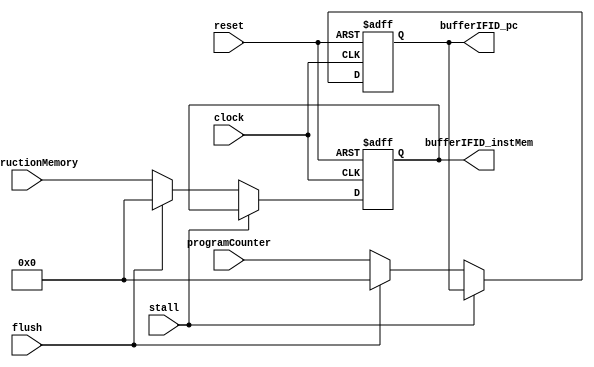
module bufferIFID(input            clock, reset, stall, flush,
                  input[15:0]      programCounter, instructionMemory, 
                  output reg[15:0] bufferIFID_pc, bufferIFID_instMem);

reg[15:0] s_programCounter, s_instructionMemory;

always@(posedge clock or negedge reset)
begin
   if (!reset)
      begin
         s_programCounter    <= 16'h0000;
         s_instructionMemory <= 16'h0000;
      end
   else if (stall)
      begin $display("stall");
         s_programCounter    <= s_programCounter;
         s_instructionMemory <= s_instructionMemory;
      end
   else if (flush)
      begin
         s_programCounter    <= 0;
         s_instructionMemory <= 0;
      end
   else
      begin
         s_programCounter    <= programCounter;
         s_instructionMemory <= instructionMemory;
      end
end

always@(*)
begin
   bufferIFID_pc             <= s_programCounter;
   bufferIFID_instMem        <= s_instructionMemory;
end

endmodule